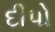
દીપો